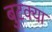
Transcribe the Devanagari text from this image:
बुटक्‍या